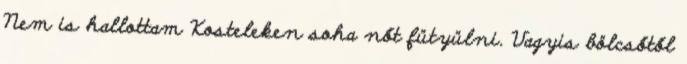
Nem is hallottam Kosteleken soha nőt fütyülni. Vagyis bölcsőtől